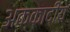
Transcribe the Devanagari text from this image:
अक्कादीय